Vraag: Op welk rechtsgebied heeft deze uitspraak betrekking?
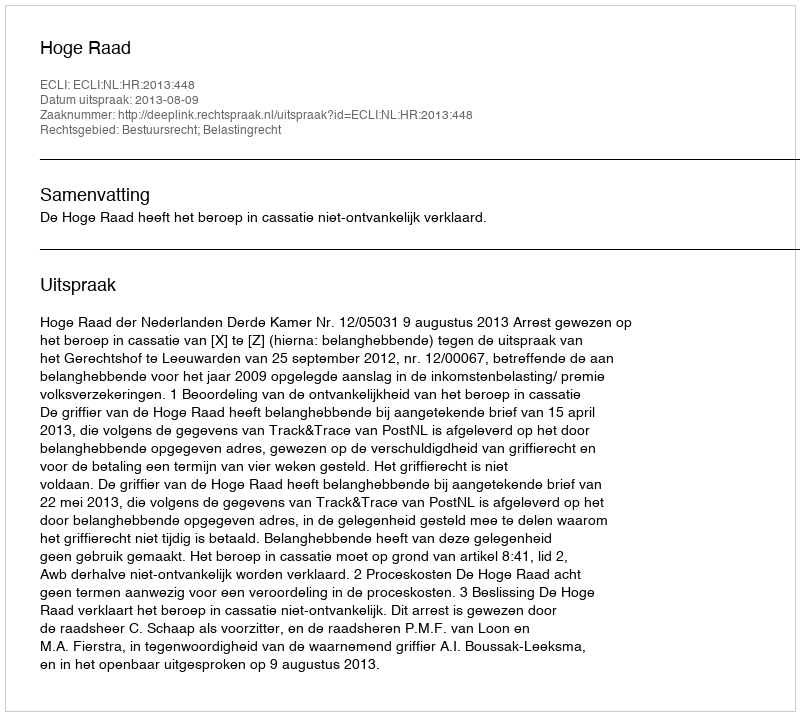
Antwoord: Bestuursrecht; Belastingrecht